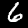
Label: 6